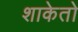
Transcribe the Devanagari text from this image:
शाकेतो